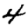
Digit: 4